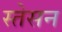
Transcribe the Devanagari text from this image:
स्तेसन